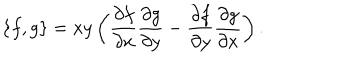
\{ f , g \} = x y \left( \frac { \partial f } { \partial x } \frac { \partial g } { \partial y } - \frac { \partial f } { \partial y } \frac { \partial g } { \partial x } \right) .